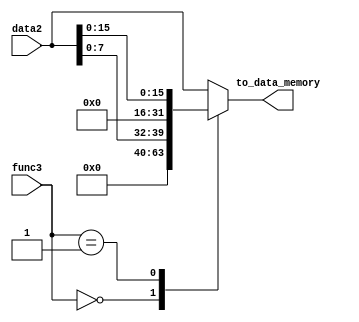
module Data_store_controller (
    func3,
    to_data_memory,
    data2
);

input [2:0] func3;
input [31:0] data2;
output reg [31:0] to_data_memory;
wire [31:0] sh,sb;

assign sb ={{24{1'b0}},data2[7:0]};
assign sh ={{16{1'b0}},data2[15:0]};

//block which check which data that should be stored in the cache memory
always @(*)begin
    case(func3)
        3'b000: begin    //store byte
            to_data_memory <= sb;
        end
        3'b001: begin   //store half word
            to_data_memory <= sh;
        end
        3'b010:begin       //store full word
            to_data_memory <= data2;
        end
		  default:begin       //store full word
            to_data_memory <= data2;
        end
    endcase
end
endmodule